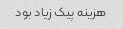
هزینه پیک زیاد بود